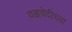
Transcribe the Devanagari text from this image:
यज्ञवेदीच्या